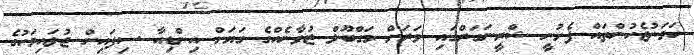
ހަމަނުޖެހުންތައް ފެށުނީ ޝްރީނަގަރްގައި ވަރަށް މަގްބޫލް ޒުވާނެއްގެ ގަޔަށް އިންޑިއާ ސިފައިން ޖުލައިމަހުގެ